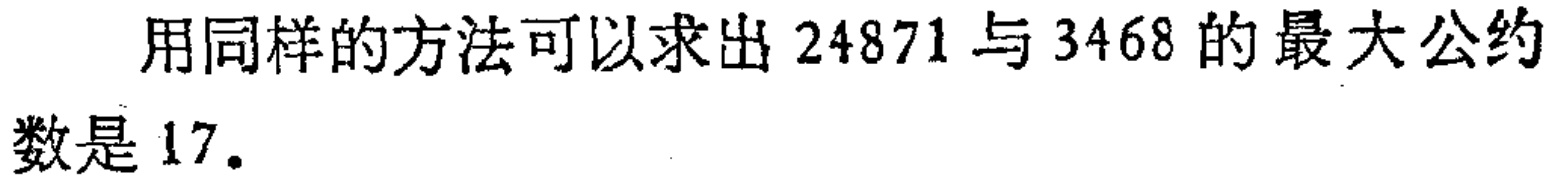
用同样的方法可以求出 \(24871\) 与 \(3468\) 的最大公约数是 \(17\)。